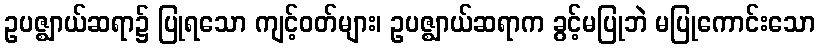
ဥပဇ္ဈာယ်ဆရာ၌ ပြုရသော ကျင့်ဝတ်များ၊ ဥပဇ္ဈာယ်ဆရာက ခွင့်မပြုဘဲ မပြုကောင်းသော